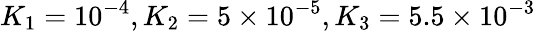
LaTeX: K_{1}=10^{-4},K_{2}=5\times 10^{-5},K_{3}=5.5\times 10^{-3}